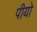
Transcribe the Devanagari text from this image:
पीयो